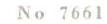
No 7661